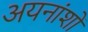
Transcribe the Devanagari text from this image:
अयनांशों